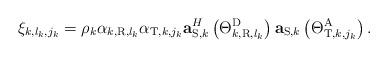
LaTeX: \begin{align*} {\xi _{k,{l_k},{j_k}}} = {\rho _k}{\alpha _{{k,{\rm{R}}},{l_k}}}{\alpha _{{\rm{T}},k,{j_k}}}{\bf{a}}_{{\rm{S,}}k}^H\left( {\Theta _{{k,{\rm{R}}},{l_k}}^{\rm{D}}} \right){{\bf{a}}_{{\rm{S}},k}}\left( {\Theta _{{\rm{T}},k,{j_k}}^{\rm{A}}} \right).\end{align*}